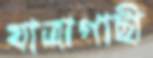
যাত্রাগাছী